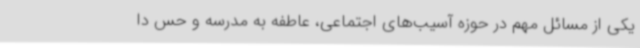
یکی از مسائل مهم در حوزه آسیب‌های اجتماعی، عاطفه به مدرسه و حس دا